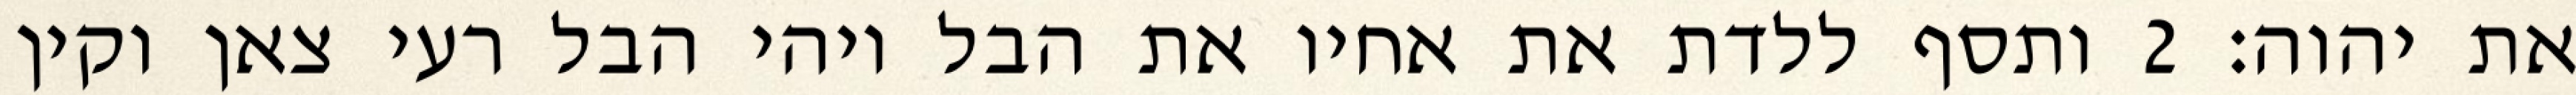
את יהוה׃ ‎2‏ ותסף ללדת את אחיו את הבל ויהי הבל רעי צאן וקין